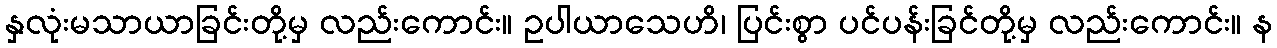
နှလုံးမသာယာခြင်းတို့မှ လည်းကောင်း။ ဥပါယာသေဟိ၊ ပြင်းစွာ ပင်ပန်းခြင်တို့မှ လည်းကောင်း။ န